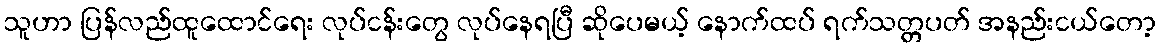
သူဟာ ပြန်လည်ထူထောင်ရေး လုပ်ငန်းတွေ လုပ်နေရပြီ ဆိုပေမယ့် နောက်ထပ် ရက်သတ္တပတ် အနည်းငယ်တော့